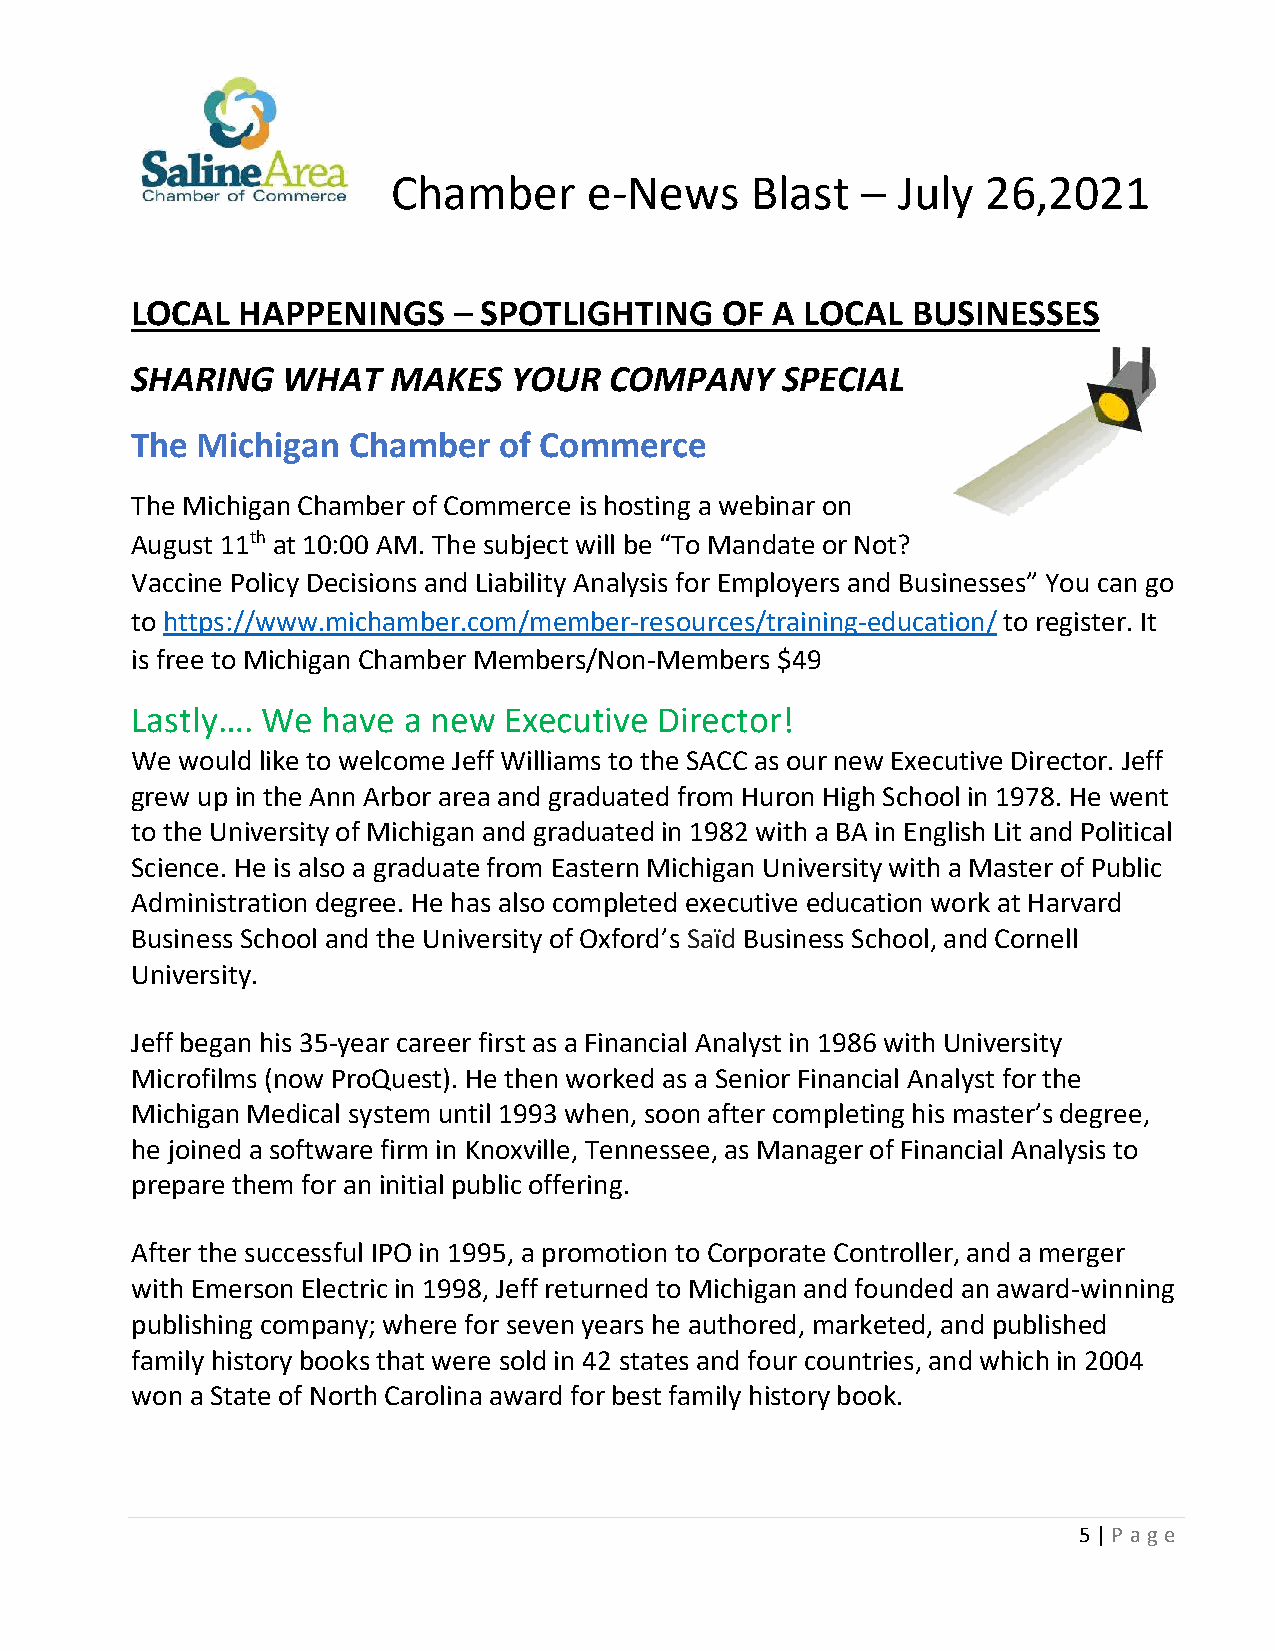
Chamber      e-News     Blast    July  26,2021
 –
 LOCAL  HAPPENINGS      SPOTLIGHTING    OF A LOCAL  BUSINESSES
 –
 SHARING   WHAT   MAKES   YOUR  COMPANY     SPECIAL
 The Michigan  Chamber   of Commerce
 The Michigan Chamber of Commerce is hosting a webinar on
 August 11th at 10:00 AM. The subject will be “To Mandate or Not?
 Vaccine Policy Decisions and Liability Analysis for Employers and Businesses” You can go
 to https://www.michamber.com/member-resources/training-education/ to register. It
 is free to Michigan Chamber Members/Non-Members $49
 Lastly…. We have  a new Executive  Director!
 We would like to welcome Jeff Williams to the SACC as our new Executive Director. Jeff
 grew up in the Ann Arbor area and graduated from Huron High School in 1978. He went
 to the University of Michigan and graduated in 1982 with a BA in English Lit and Political
 Science. He is also a graduate from Eastern Michigan University with a Master of Public
 Administration degree. He has also completed executive education work at Harvard
 Business School and the University of Oxford’s Saïd Business School, and Cornell
 University.
 Jeff began his 35-year career first as a Financial Analyst in 1986 with University
 Microfilms (now ProQuest). He then worked as a Senior Financial Analyst for the
 Michigan Medical system until 1993 when, soon after completing his master’s degree,
 he joined a software firm in Knoxville, Tennessee, as Manager of Financial Analysis to
 prepare them for an initial public offering.
 After the successful IPO in 1995, a promotion to Corporate Controller, and a merger
 with Emerson Electric in 1998, Jeff returned to Michigan and founded an award-winning
 publishing company; where for seven years he authored, marketed, and published
 family history books that were sold in 42 states and four countries, and which in 2004
 won a State of North Carolina award for best family history book.
 5 | P age